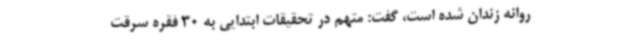
روانه زندان شده است، گفت: متهم در تحقیقات ابتدایی به 30 فقره سرقت